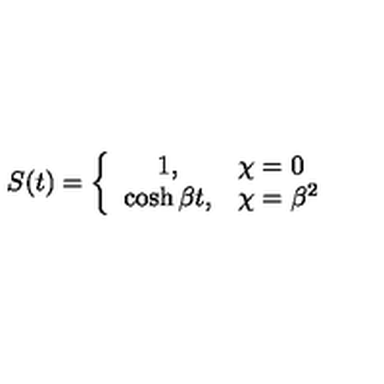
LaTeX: S ( t ) = \left\{ \begin{array} { c l } { 1 , } & { \chi = 0 } \\ { \cosh \beta t , } & { \chi = { \beta } ^ { 2 } } \\ \end{array} \right.